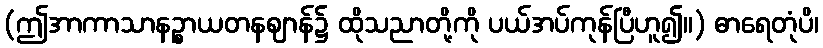
(ဤအာကာသာနဉ္စာယတနဈာန်၌ ထိုသညာတို့ကို ပယ်အပ်ကုန်ပြီဟူ၍။) ဓာရေတုံပိ၊